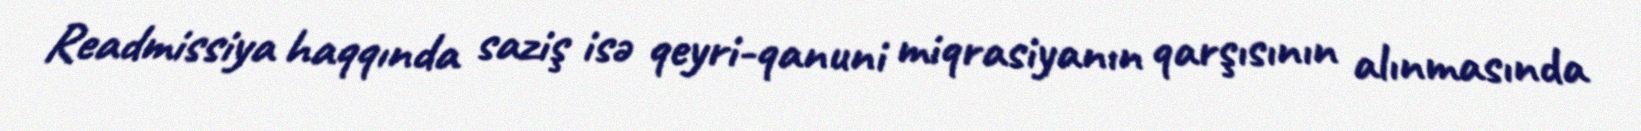
Readmissiya haqqında saziş isə qeyri-qanuni miqrasiyanın qarşısının alınmasında